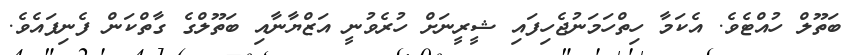
ބަތޫލް ހުއްޓެވެ. އެކަމާ ހިތްހަމަނުޖެހިފައި ޝީރީނަށް ހުރެވުނީ އަޒްޔާނާއި ބަތޫލްގެ ގާތްކަން ފެނިފައެވެ.